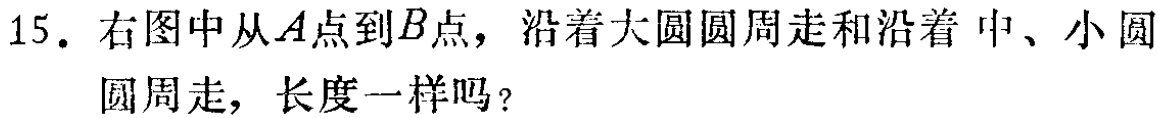
15. 右图中从\(A\)点到\(B\)点，沿着大圆圆周走和沿着 中、小圆圆周走，长度一样吗？